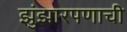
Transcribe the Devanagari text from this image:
झुंझारपणाची